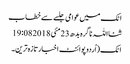
اٹک میں عوامی جلسے سے خطاب
ثنااللہ ناگرہ بدھ 23 مئی 2018 19:08
اٹک (اُردوپوائنٹ اخبارتازہ ترین۔